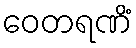
ဝေတရဏိံ